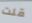
قلت